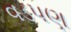
વડપણ